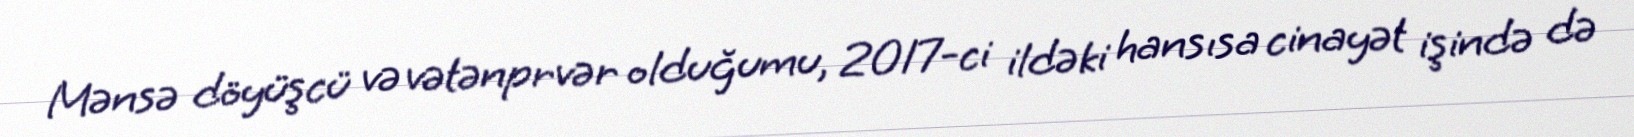
Mənsə döyüşcü və vətənprvər olduğumu, 2017-ci ildəki hansısa cinayət işində də